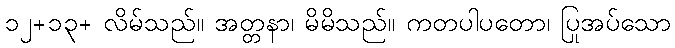
၁၂+၁၃+ လိမ်သည်။ အတ္တနာ၊ မိမိသည်။ ကတပါပတော၊ ပြုအပ်သော